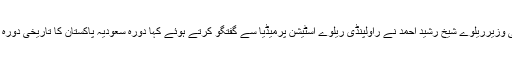
وفاقی وزیرریلوے شیخ رشید احمد نے راولپنڈی ریلوے اسٹیشن پرمیڈیا سے گفتگو کرتے ہوئے کہا دورہ سعودیہ پاکستان کا تاریخی دورہ ہوگا۔